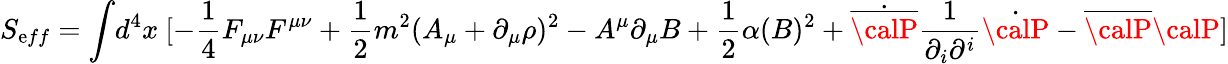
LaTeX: S_{\mathrm{e}ff}=\int\! d^{4}x~[-\frac{{1}}{{4}}F_{\mu\nu}F^{\mu\nu}+\frac{{1}}{{2}}m^{2}(A_{\mu}+\partial_{\mu}\rho)^{2}-A^{\mu}\partial_{\mu}B+\frac{{1}}{{2}}\alpha(B)^{2}+\dot{{{\overline{{{{\calP}}}}}}}\frac{{1}}{{\partial_{i}\partial^{i}}}\dot{{{\calP}}}-{\overline{{{{\calP}}}}}{\calP}]